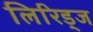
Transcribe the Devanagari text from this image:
लिरिड्ज